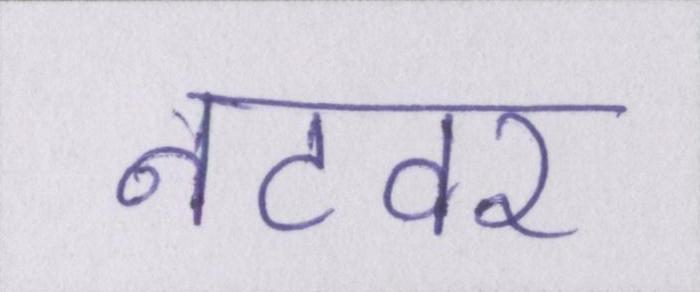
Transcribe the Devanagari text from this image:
नटवर